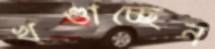
খণ্ডাচ্ছেন